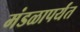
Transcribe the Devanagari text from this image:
मंडळापर्यंत